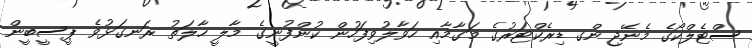
ސްޓެލްކޯގެ މެނޭޖިންގ ޑިރެކްޓަރުގެ މަގާމާއި ހަވާލުވިފަހުން ކުންފުނީގެ މާލީ ހާލަތު ރަނގަޅުވެ ޕީސީބީން